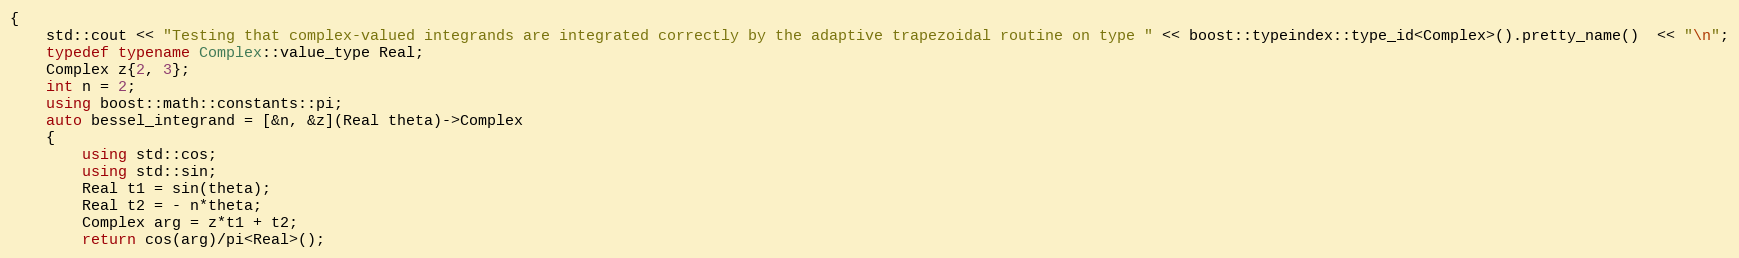
Language: C++
{
    std::cout << "Testing that complex-valued integrands are integrated correctly by the adaptive trapezoidal routine on type " << boost::typeindex::type_id<Complex>().pretty_name()  << "\n";
    typedef typename Complex::value_type Real;
    Complex z{2, 3};
    int n = 2;
    using boost::math::constants::pi;
    auto bessel_integrand = [&n, &z](Real theta)->Complex
    {
        using std::cos;
        using std::sin;
        Real t1 = sin(theta);
        Real t2 = - n*theta;
        Complex arg = z*t1 + t2;
        return cos(arg)/pi<Real>();